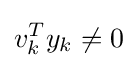
v_{k}^{T}y_{k}\neq 0